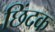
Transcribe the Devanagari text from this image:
छिंदक